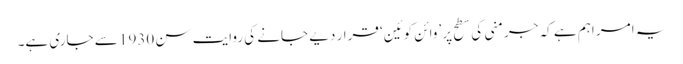
یہ امر اہم ہے کہ جرمنی کی سطح پر ’وائن کوئین‘ قرار دیے جانے کی روایت سن 1930 سے جاری ہے۔